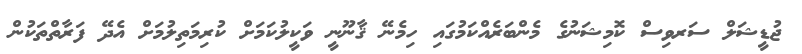
ޖުޑީޝަލް ސަރވިސް ކޮމިޝަނުގެ މެންބަރެއްކަމުގައި ހިމެނޭ ޤާނޫނީ ވަކީލުކަމަށް ކުރިމަތިލުމަށް އެދޭ ފަރާތްތަކުން